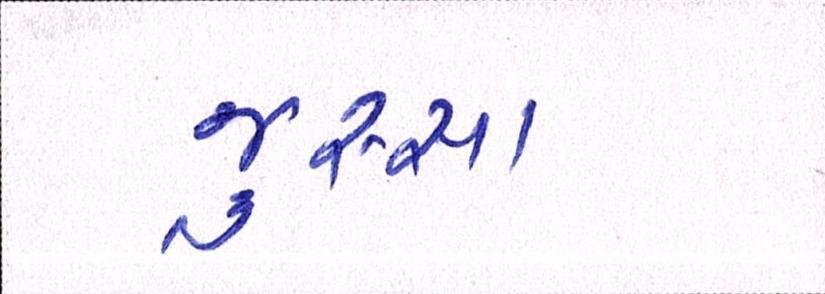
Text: જુસ્સા